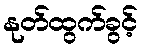
နုတ်ထွက်ခွင့်